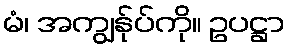
မံ၊ အကျွန်ုပ်ကို။ ဥပဋ္ဌာ